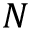
N